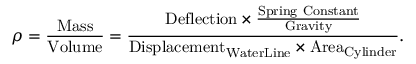
\rho = { \frac { \mathrm { M a s s } } { \mathrm { V o l u m e } } } = { \frac { { \mathrm { D e f l e c t i o n } } \times { \frac { \mathrm { S p r i n g ~ C o n s t a n t } } { \mathrm { G r a v i t y } } } } { { \mathrm { D i s p l a c e m e n t } } _ { \mathrm { W a t e r L i n e } } \times { \mathrm { A r e a } } _ { \mathrm { C y l i n d e r } } } } .